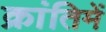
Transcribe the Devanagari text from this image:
क्रांतिमें